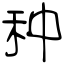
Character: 种